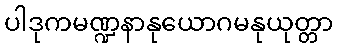
ပါဒုကမဏ္ဍနာနုယောဂမနုယုတ္တာ